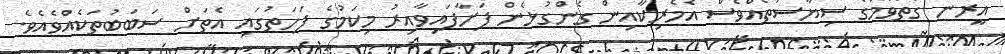
އީރާނާ ގާތްވުމުގެ ސިޔާސަތެއްވެސް އެމެރިކާއިން ގެންގުޅެން ފަށާފައިވާއިރު މިކަމުގެ ފަހަތުގައި އެތަށް ސަބަބުތަކެއްވެއެވެ.